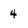
Character: 4